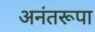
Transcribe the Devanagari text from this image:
अनंतरूपा